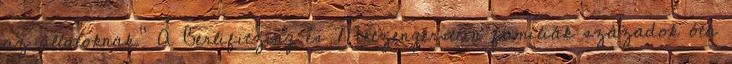
az állatoknak." A Berlifitzing és Metzengerstein famíliák századok óta